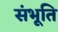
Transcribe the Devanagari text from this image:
संभूति